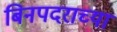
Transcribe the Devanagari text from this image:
बिनपदराच्या